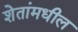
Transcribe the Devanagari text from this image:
शेतांमधील